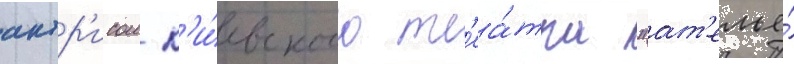
актр'исои к'и́евского т'еа́тра "ат'елье́